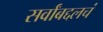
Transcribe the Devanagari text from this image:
सर्वांबद्दलचं